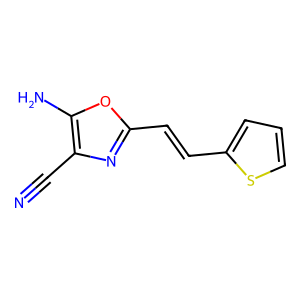
SMILES: N#Cc1nc(C=Cc2cccs2)oc1N
Inhibits HIV replication: No